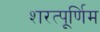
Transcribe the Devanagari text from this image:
शरत्पूर्णिम